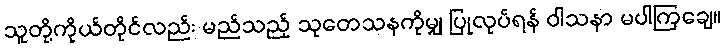
သူတို့ကိုယ်တိုင်လည်း မည်သည့် သုတေသနကိုမျှ ပြုလုပ်ရန် ဝါသနာ မပါကြချေ။